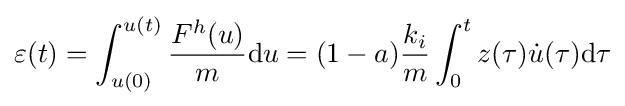
\varepsilon (t)=\int _{u(0)}^{u(t)}{\frac {F^{h}(u)}{m}}\mathrm {d} u=(1-a){\frac {k_{i}}{m}}\int _{0}^{t}z(\tau ){\dot {u}}(\tau )\mathrm {d} \tau